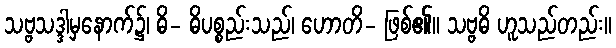
သဗ္ဗသဒ္ဒါမှနောက်၌၊ ဓိ- ဓိပစ္စည်းသည်၊ ဟောတိ- ဖြစ်၏။ သဗ္ဗဓိ ဟူသည်တည်း။